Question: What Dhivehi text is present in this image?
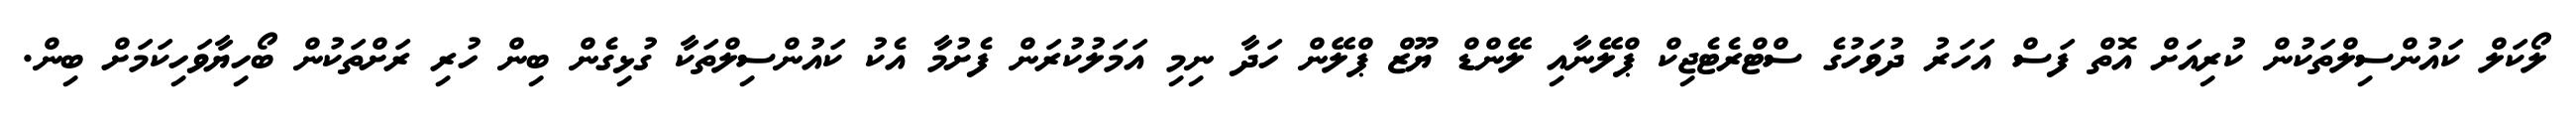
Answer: ލޯކަލް ކައުންސިލްތަކުން ކުރިއަށް އޮތް ފަސް އަހަރު ދުވަހުގެ ސްޓްރެޓެޖިކް ޕްލޭނާއި ލޭންޑް ޔޫޒް ޕްލޭން ހަދާ ނިމި އަމަލުކުރަން ފެށުމާ އެކު ކައުންސިލްތަކާ ގުޅިގެން ބިން ހުރި ރަށްތަކުން ބޯހިޔާވަހިކަމަށް ބިން.